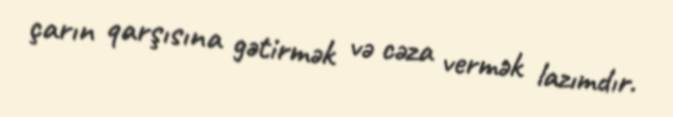
çarın qarşısına gətirmək və cəza vermək lazımdır.